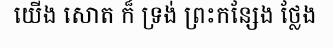
យើង សោត ក៏ ទ្រង់ ព្រះកន្សែង ថ្លែង